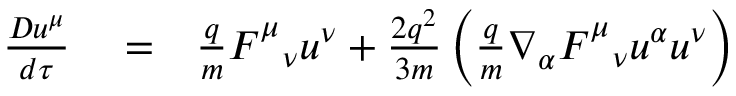
\begin{array} { r l r } { \frac { D u ^ { \mu } } { d \tau } } & { { } = } & { \frac { q } { m } F _ { \ \ \nu } ^ { \mu } u ^ { \nu } + \frac { 2 q ^ { 2 } } { 3 m } \left( \frac { q } { m } \nabla _ { \alpha } F _ { \ \ \nu } ^ { \mu } u ^ { \alpha } u ^ { \nu } \right) } \end{array}